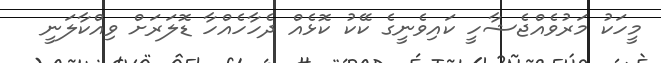
މީހަކު މަރުވެއްޖެޝާހީ ކައިވެނީގެ ކޭކު ކޮޅެއް ދެހާހެއްހާ ޑޮލަރަށް ވިއްކާލަނީ